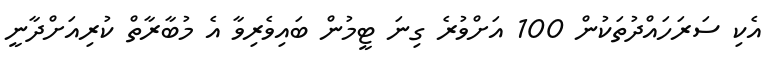
އެކި ސަރަހައްދުތަކުން 100 އަށްވުރެ ގިނަ ޓީމުން ބައިވެރިވާ އެ މުބާރާތް ކުރިއަށްދާނީ